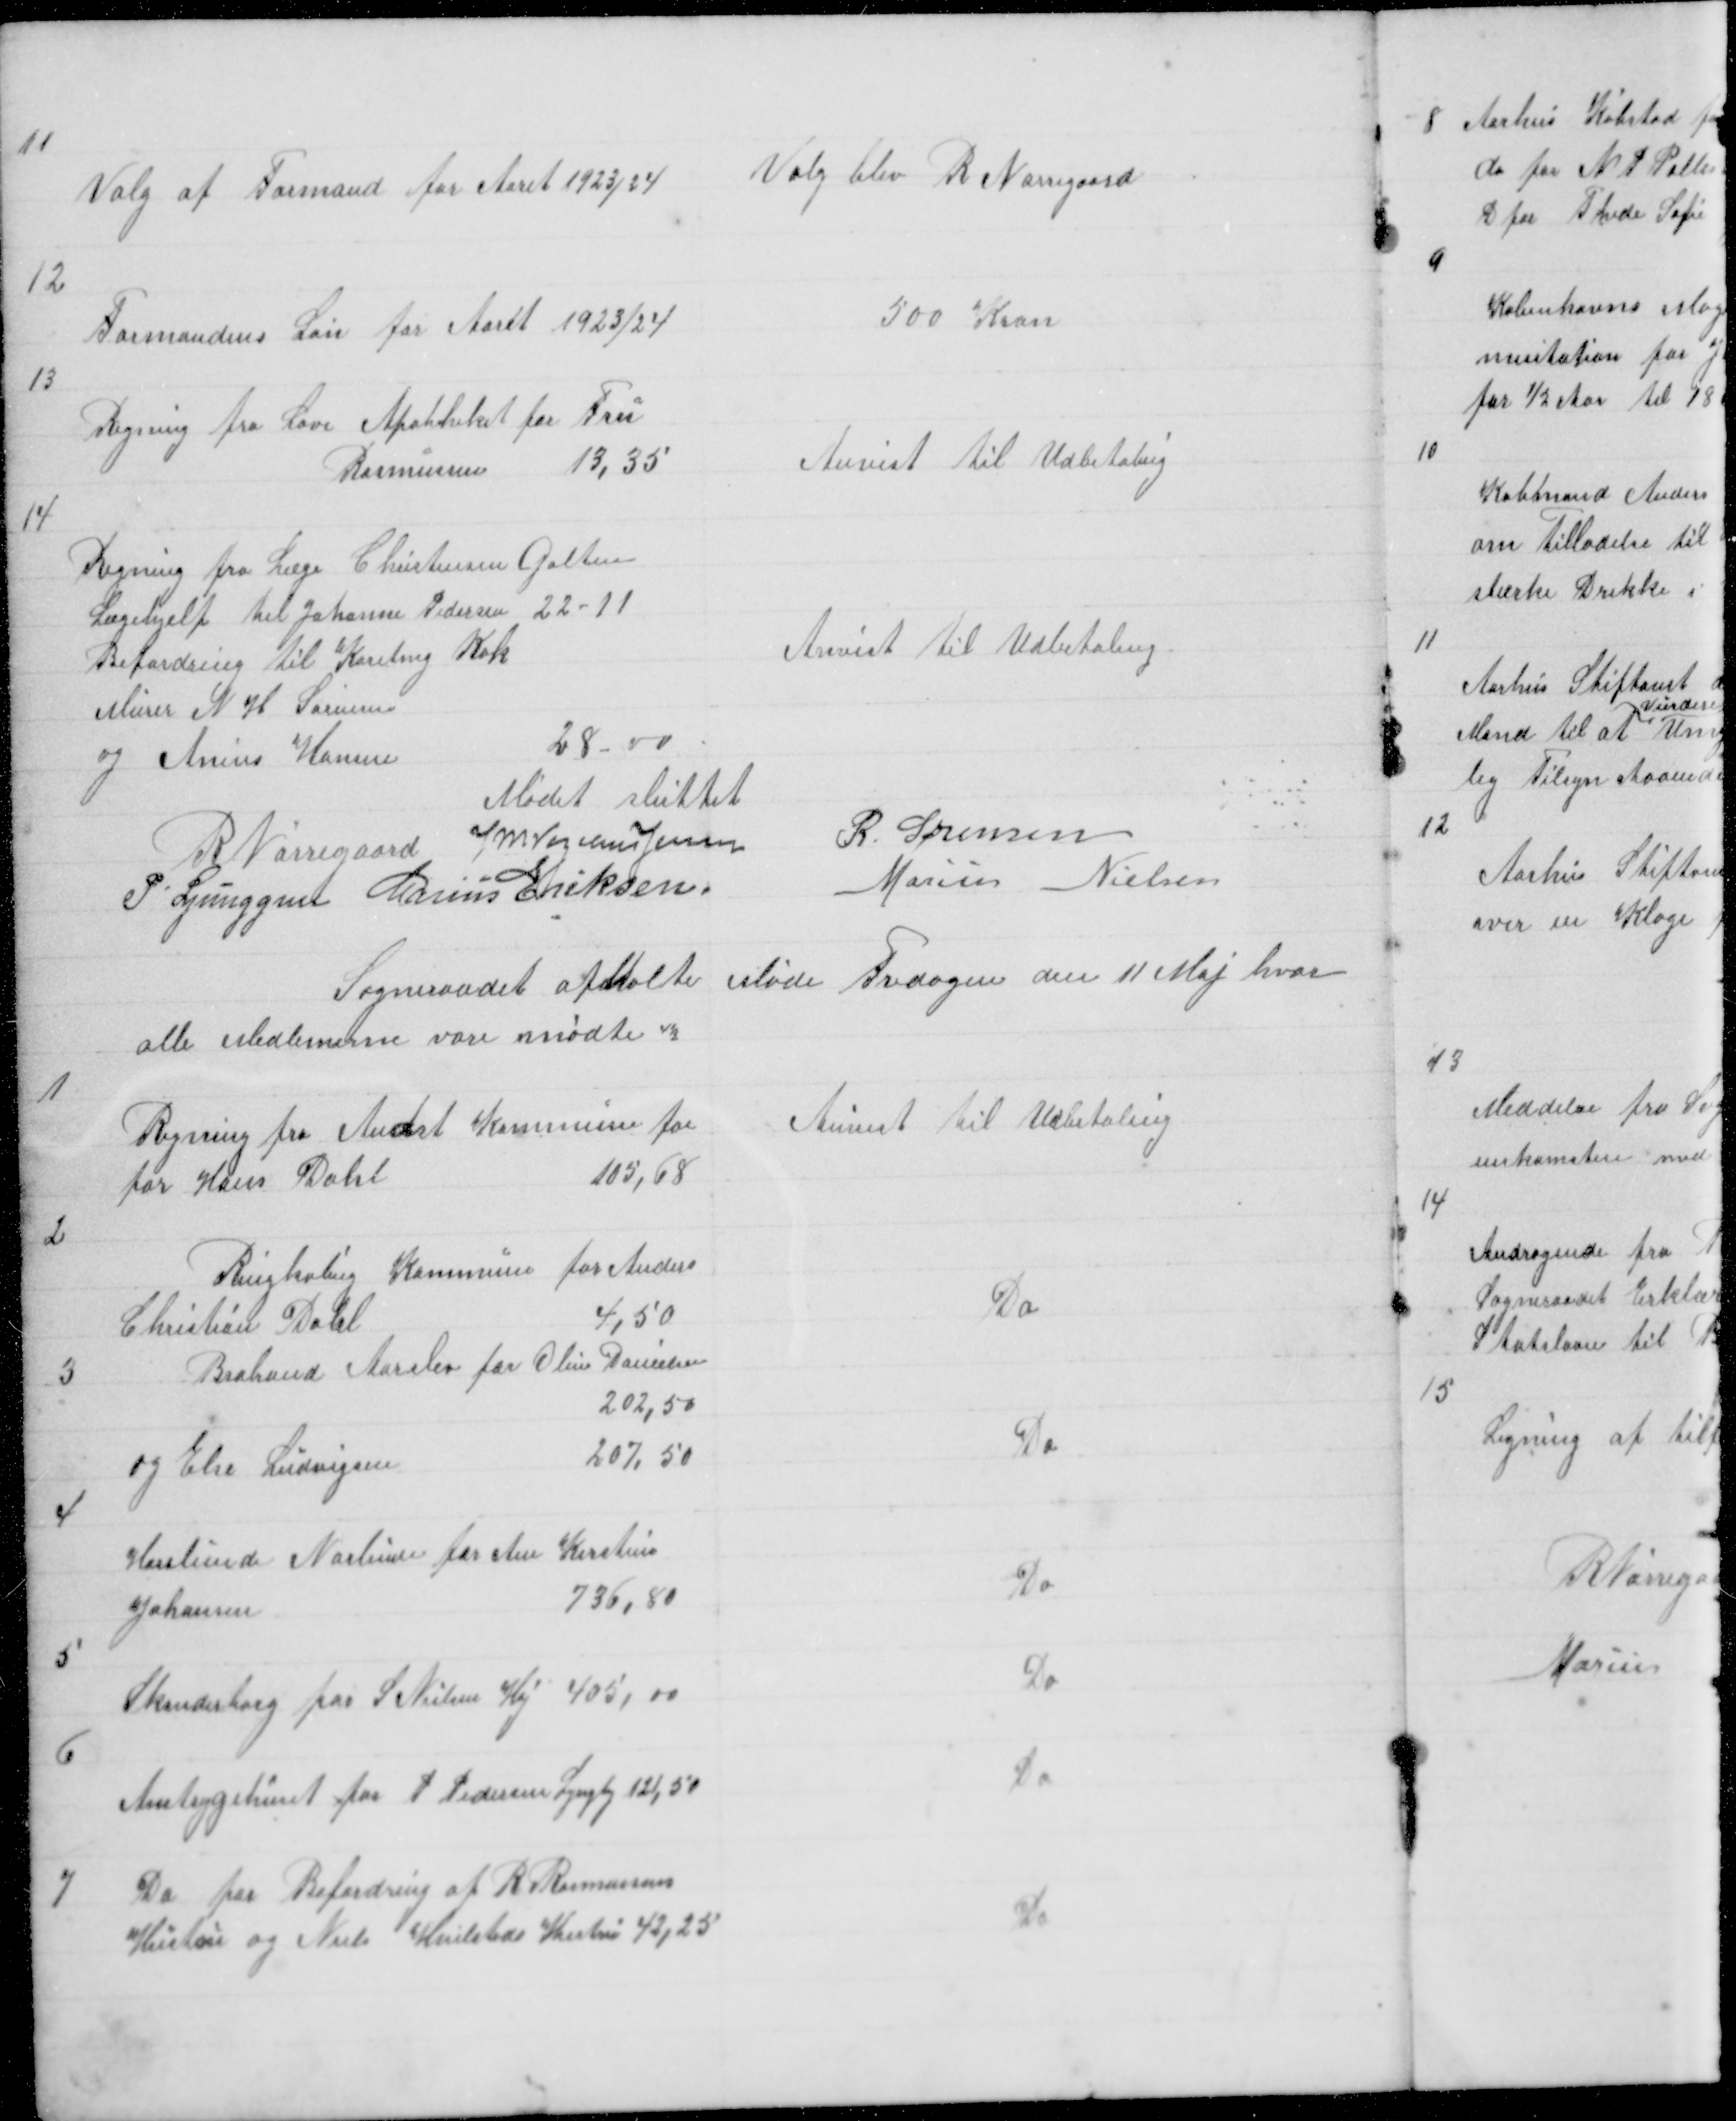
Transskription:
11

Valg af Formand for Aaret 1923/24

Valg blev R Nørregaard

12

Formandens Løn for Aaret 1923/24

500 Kron

13

Regning fra Løve Apotheket for Fru
Rasmussen
13,35

Anvist til Udbetaling

14

Regning fra Læge Christensen Galten
Lægehjelp til Johanne Pedersen 22 - 11
Befordring til Karetmg Kok
Murer N H Sørensen
og Anius Hansen
28 - 00

Anvist til Udbetaling

Mødet sluttet
R Nørregaard J M Vogelius Jensen
R. Sørensen
P Ljunggren Marius Eriksen
Marius Nielsen
Sogneraadet afholte Møde Fredagen den 11 Maj hvor
alle Medlemerne vare mødte 4½

1

Regning fra Andst Kommune for
for Hans Dahl
105,68

Anvist til Udbetaling

2

Ringkøbing Kommune for Anders
Christian Dahl
4,50

Do

3

Braband Aarslev for Oline Danielsen
202,50
og Else Ludvigsen
207,50

Do

4

Horslunde Norlunde for Ane Kirstine
Johansen
736,80

Do

5

Skanderborg for S Nielsen Høj 405,00

Do

6

Amtsygehuset for P Pedersen Lyngby 121,50

Do

7

Do for Befordring af R Rasmussens
Hustru og Niels Hvilsteds Hustru 42,25

Do